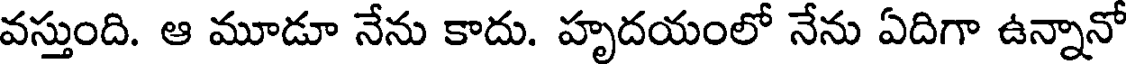
వస్తుంది. ఆ మూడూ నేను కాదు. హృదయంలో నేను ఏదిగా ఉన్నానో